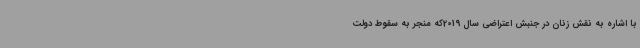
با اشاره به نقش زنان در جنبش‌ اعتراضی سال 2019که منجر به سقوط دولت